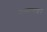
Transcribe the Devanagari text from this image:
मत्स्यनाशन